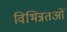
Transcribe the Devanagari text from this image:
विभिन्नतओं